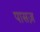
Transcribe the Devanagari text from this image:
पासज़